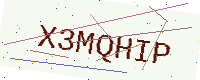
Text: X3MQHIP